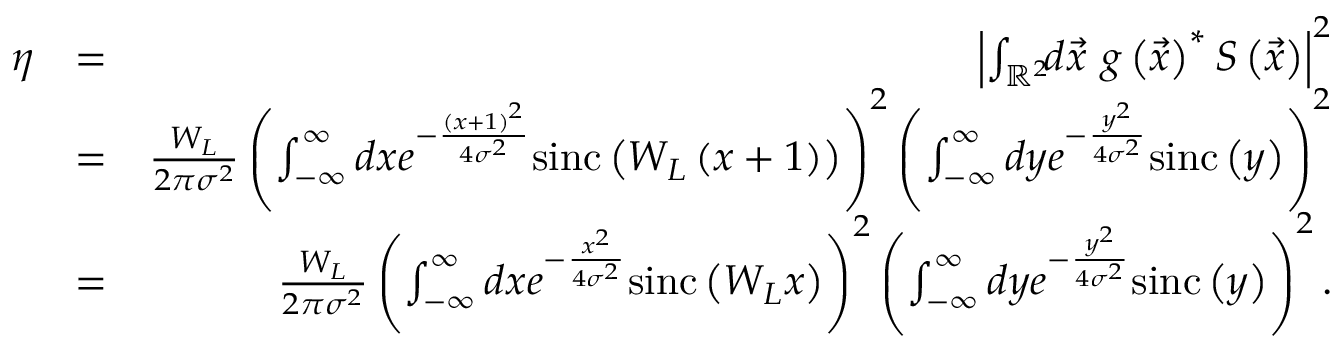
\begin{array} { r l r } { \eta } & { = } & { \left| \int _ { \mathbb { R } ^ { 2 } } \! \! d \vec { x } \ g \left( \vec { x } \right) ^ { \ast } S \left( \vec { x } \right) \right| ^ { 2 } } \\ & { = } & { \frac { W _ { L } } { 2 \pi \sigma ^ { 2 } } \left( \int _ { - \infty } ^ { \infty } d x e ^ { - \frac { \left( x + 1 \right) ^ { 2 } } { 4 \sigma ^ { 2 } } } \mathrm { s i n c } \left( W _ { L } \left( x + 1 \right) \right) \right) ^ { 2 } \left( \int _ { - \infty } ^ { \infty } d y e ^ { - \frac { y ^ { 2 } } { 4 \sigma ^ { 2 } } } \mathrm { s i n c } \left( y \right) \right) ^ { 2 } } \\ & { = } & { \frac { W _ { L } } { 2 \pi \sigma ^ { 2 } } \left( \int _ { - \infty } ^ { \infty } d x e ^ { - \frac { x ^ { 2 } } { 4 \sigma ^ { 2 } } } \mathrm { s i n c } \left( W _ { L } x \right) \right) ^ { 2 } \left( \int _ { - \infty } ^ { \infty } d y e ^ { - \frac { y ^ { 2 } } { 4 \sigma ^ { 2 } } } \mathrm { s i n c } \left( y \right) \right) ^ { 2 } . } \end{array}